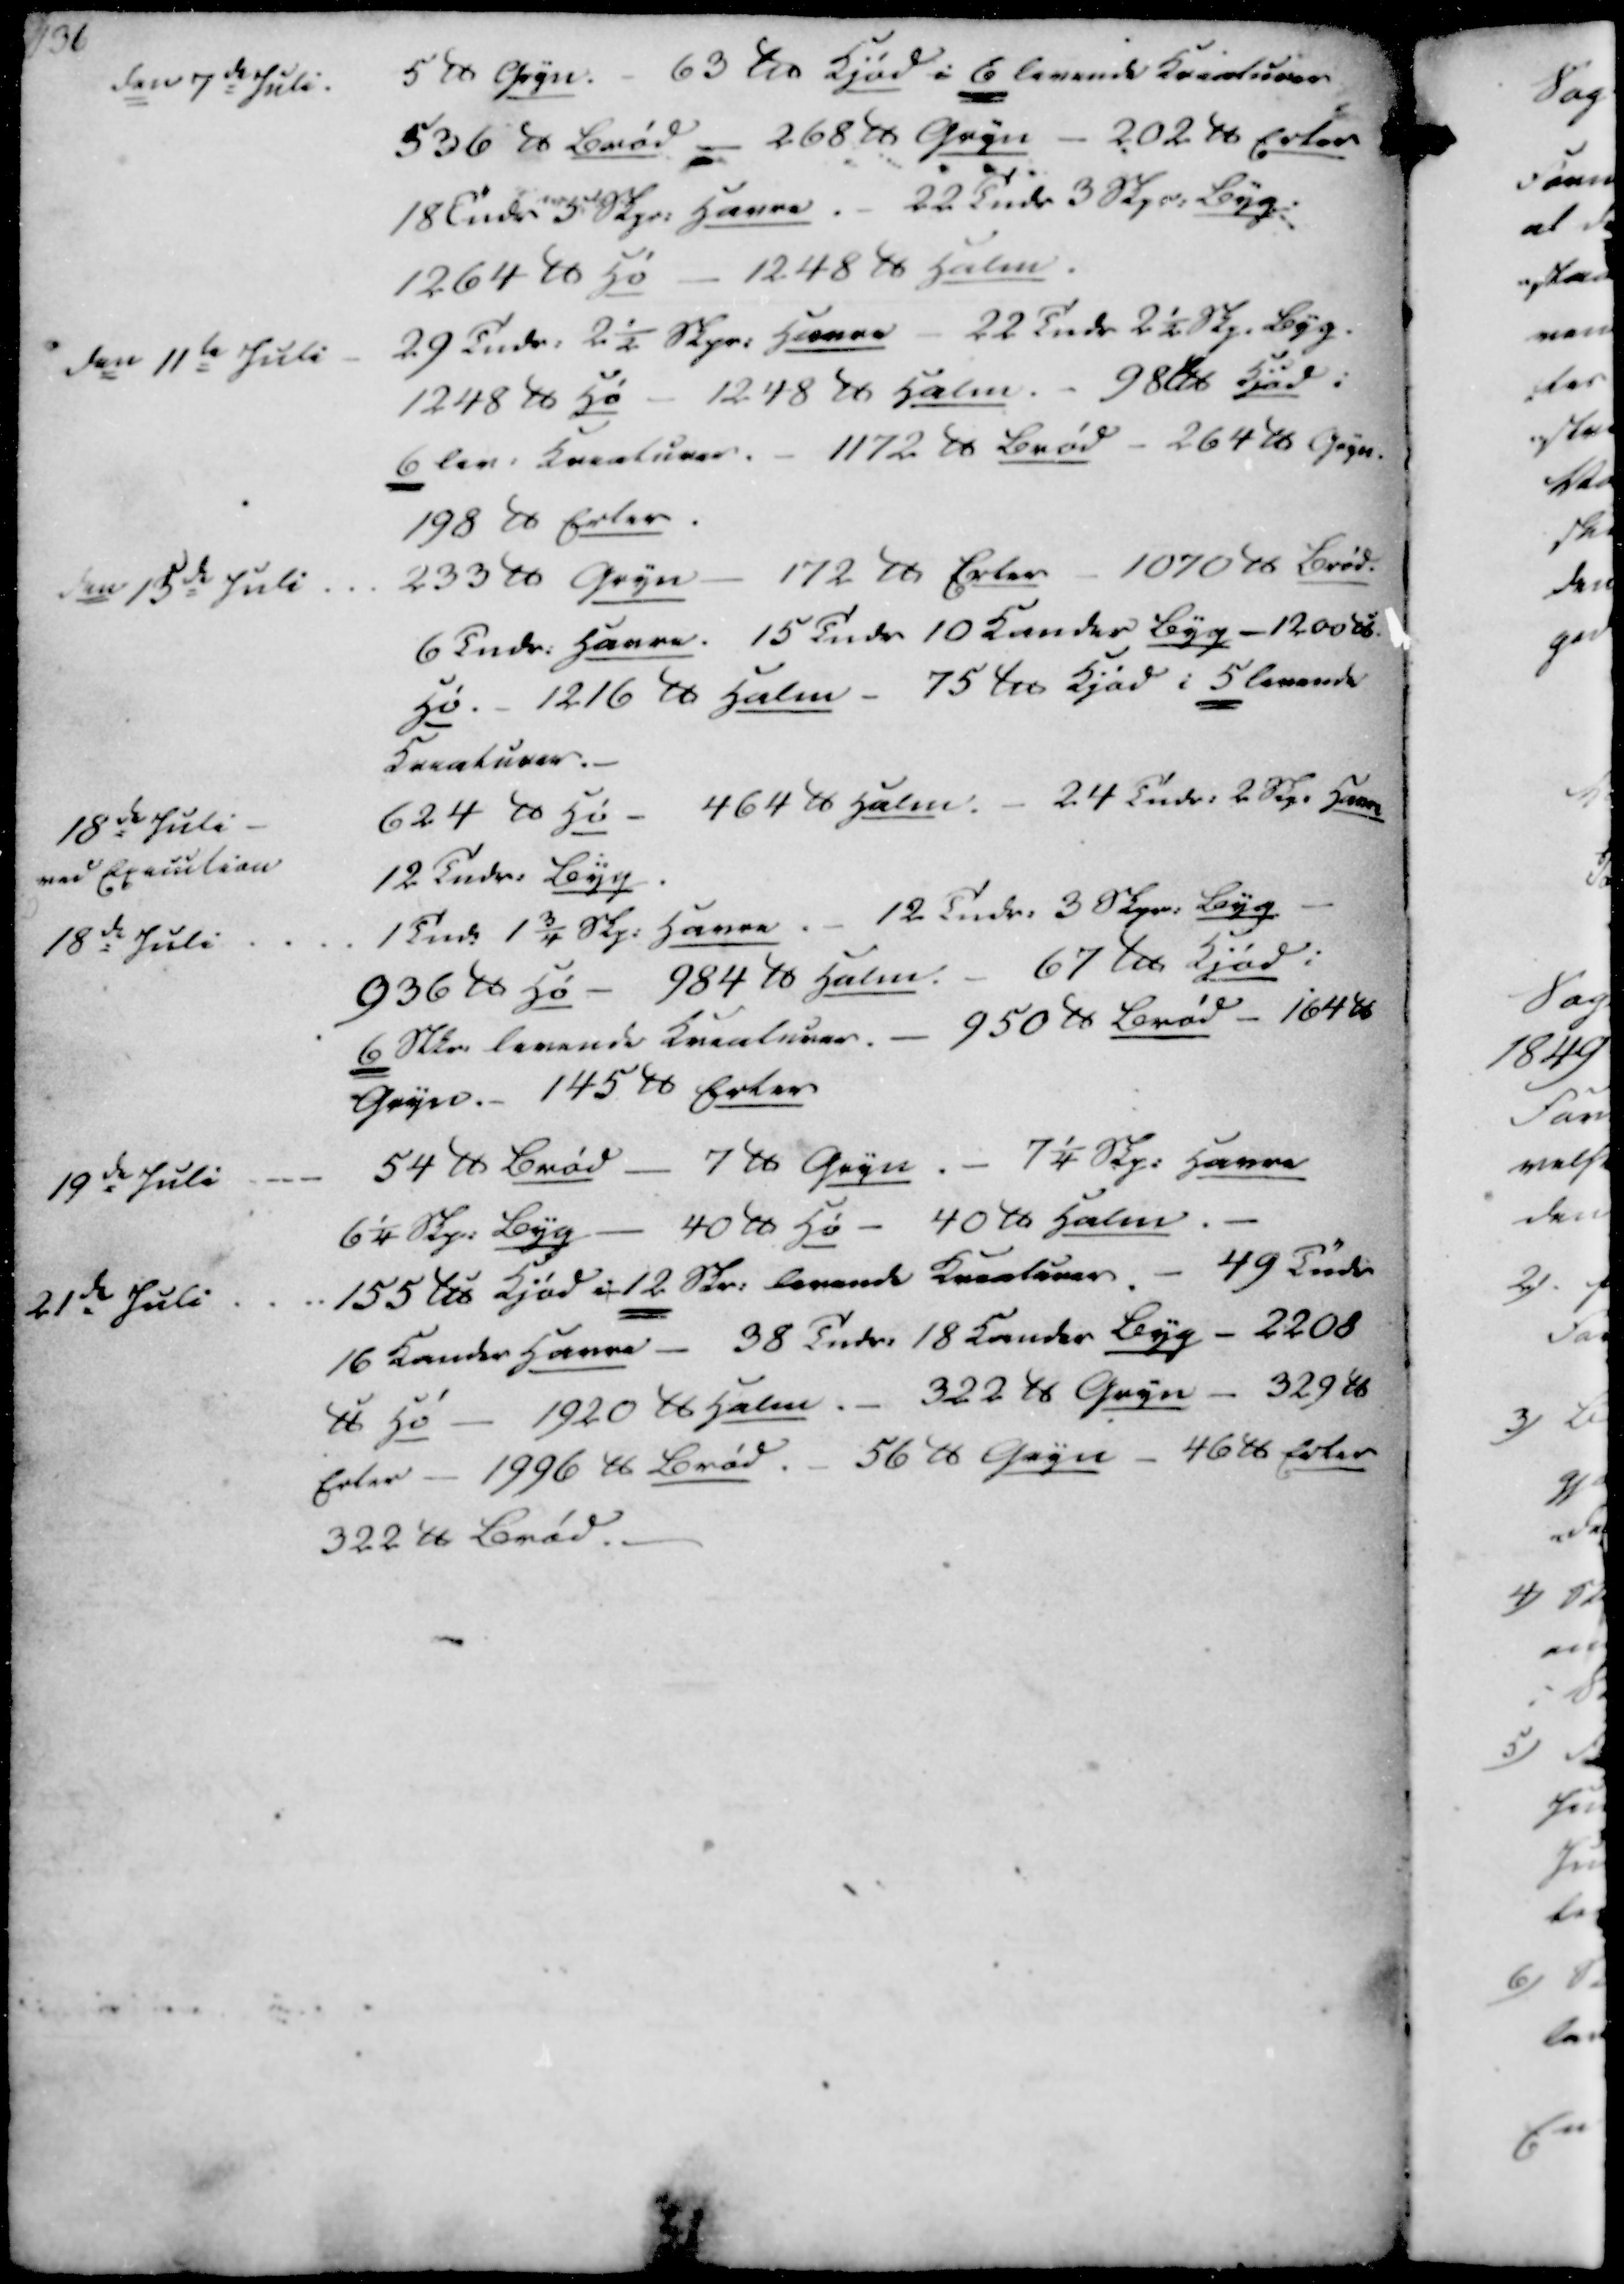
Transskription:
den 7de Juli.
5 ℔ Gryn. - 63 ℔ Kjød i 6 levende Kreaturer
536 ℔ Brød - 268 ℔ Gryn - 202 ℔ Erter
18 Tndr 5 Skpr. Havre. - 22 Tndr 3 Skpr. Byg.
1264 ℔ Hø - 1248 ℔ Halm
den 11te Juli
29 Tndr. 2½ Skpr. Havre - 22 Tndr 2½ Skp. Byg.
1248 ℔ Hø - 1248 ℔ Halm. - 98 ℔ Kjød i
6 lev. Kreaturer. - 1172 ℔ Brød - 264 ℔ Gryn
198 ℔ Erter.
den 15de Juli
233 ℔ Gryn - 172 ℔ Erter - 1070 ℔ Brød.
6 Tndr. Havre. 15 Tndr 10 Kander Byg - 1200 ℔
Hø. - 1216 ℔ Halm - 75 ℔ Kjød i 5 levende
Kreaturer.

18de Juli
ved Exaiution
624 ℔ Hø - 464 ℔ Halm. - 24 Tndr. 2 Skp. Havre
12 Tndr. Byg
18de Juli
1 Tnde 1 3/4 Skp. Havre. - 12 Tndr. 3 Skpr. Byg
936 ℔ Hø - 984 ℔ Halm. - 67 ℔ Kjød i
6 Stkr. levende Kreaturer. - 950 ℔ Brød - 164 ℔
Gryn.- 145 ℔ Erter
19de Juli
54 ℔ Brød - 7 ℔ Gryn. - 7¼ Skp. Havre
6¼ Skp. Byg - 40 ℔ Hø - 40 ℔ Halm
21de Juli
155 ℔ Kjød i 12 Skr. levende Kreaturer. - 49 Tndr
16 Kander Havre - 38 Tndr. 18 Kander Byg - 2208
℔ Hø - 1920 ℔ Halm.- 322 ℔ Gryn - 329 ℔
Erter - 1996 ℔ Brød. - 56 ℔ Gryn - 46 ℔ Erter
322 ℔ Brød.